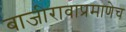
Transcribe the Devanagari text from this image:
बाजीरावाप्रमाणेच